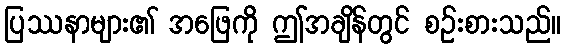
ပြဿနာများ၏ အဖြေကို ဤအချိန်တွင် စဉ်းစားသည်။